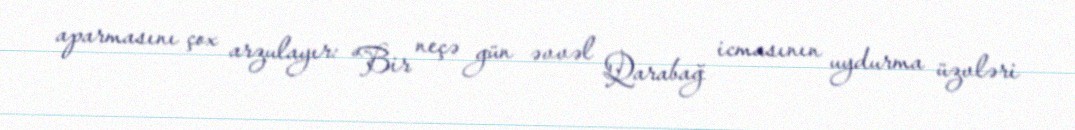
aparmasını çox arzulayır: “Bir neçə gün əvvəl Qarabağ icmasının uydurma üzvləri